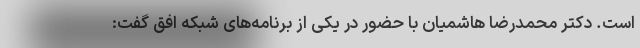
است. دکتر محمدرضا هاشمیان با حضور در یکی از برنامه‌های شبکه افق گفت: